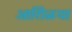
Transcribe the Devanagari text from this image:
आरोिळया